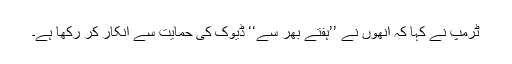
ٹرمپ نے کہا کہ اُنھوں نے ’’ہفتے بھر سے‘‘ ڈیوک کی حمایت سے انکار کر رکھا ہے۔